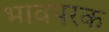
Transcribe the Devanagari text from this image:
भावपरक